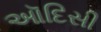
ઑદિસી